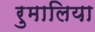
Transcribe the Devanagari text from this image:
रुमालिया